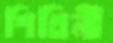
শিখিনী